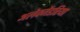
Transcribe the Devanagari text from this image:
अलेक्जेंडरिया